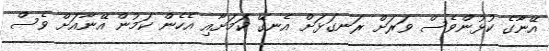
އޭނާގެ ކުޅުންވެސް ވަރަށް ރަނގަޅަށް އެނގޭ ކަމަށާއި އެހެން ކަމުން އޭނާއަށް ވެސް